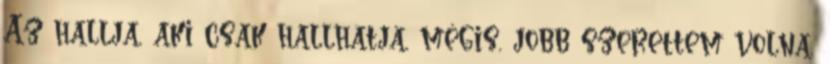
Az hallja, aki csak hallhatja, mégis, jobb szerettem volna,